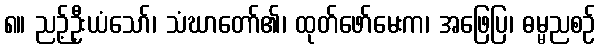
၈။ ညဉ့်ဦးယံသော်၊ သံဃာတော်၏၊ ထုတ်ဖော်မေးက၊ အဖြေပြ၊ ဓမ္မညစဉ်